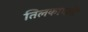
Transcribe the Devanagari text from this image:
तिलकाधारी